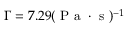
\Gamma = 7 . 2 9 ( \mathrm { ~ P ~ a ~ } \cdot \mathrm { ~ s ~ } ) ^ { - 1 }